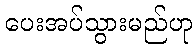
ပေးအပ်သွားမည်ဟု